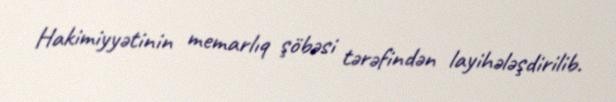
Hakimiyyətinin memarlıq şöbəsi tərəfindən layihələşdirilib.